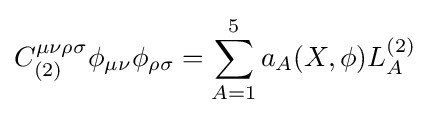
C_{(2)}^{\mu \nu \rho \sigma }\phi _{\mu \nu }\phi _{\rho \sigma }=\sum _{A=1}^{5}a_{A}(X,\phi )L_{A}^{(2)}